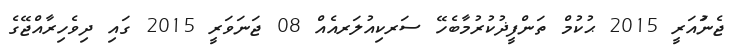
ޖެނުައަރީ 2015 ޙުކުމް ތަންފީޛުކުރުމާބެހޭ ސަރކިއުލަރއެއް 08 ޖަނަވަރީ 2015 ގައި ދިވެހިރާއްޖޭގެ